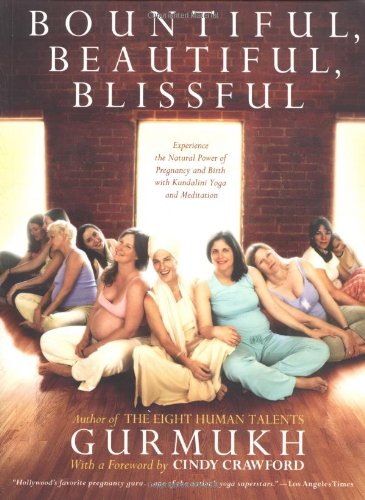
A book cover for Bountiful, Beautiful, Blissful: Experience the Natural Power of Pregnancy and Birth with Kundalini Yoga and Meditation; Gurmukh Kaur Khalsa; Health, Fitness & Dieting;